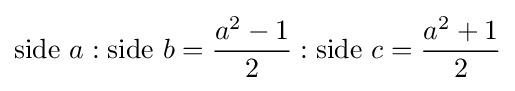
{\text{side }}a:{\text{side }}b={a^{2}-1 \over 2}:{\text{side }}c={a^{2}+1 \over 2}